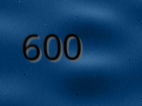
600